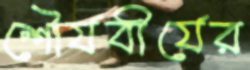
শৌর্যবীর্যের